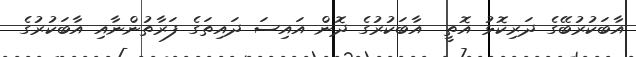
އާބަކުރުބޭގެ ދަރިކޮޅު އޮތީ  އާބަކުރުގެ ދޮން އައިސަ ދައިތަގެ ފަރާތުންނާއި އާބަކުރުގެ